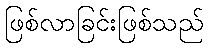
ဖြစ်လာခြင်းဖြစ်သည်